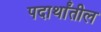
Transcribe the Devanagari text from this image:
पदार्थांतील